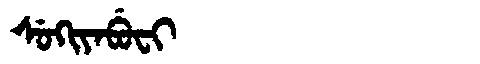
Manchu: ᠰᡠᡴᡳᠶᠠᠪᡠᠸᡳ
Romanization: SUKIYABUFI